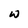
Character: W